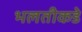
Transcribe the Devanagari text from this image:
भलतीकडे